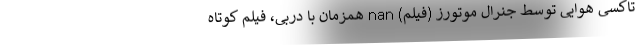
تاکسی هوایی توسط جنرال موتورز (فیلم) nan همزمان با دربی، فیلم کوتاه